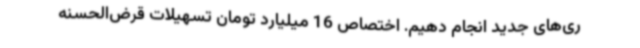
ری‌های جدید انجام دهیم. اختصاص 16 میلیارد تومان تسهیلات قرض‌الحسنه